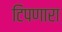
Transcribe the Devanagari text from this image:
टिपणारा